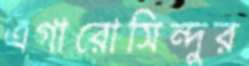
এগারোসিন্দুর